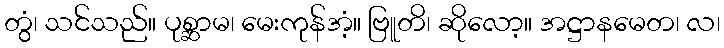
တွံ၊ သင်သည်။ ပုစ္ဆာမ၊ မေးကုန်အံ့။ ဗြူတိ၊ ဆိုလော့။ အဋ္ဌာနမေတ၊ လ၊